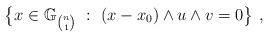
LaTeX: \begin{align*}\big\{x\in \mathbb{G}_{n \choose 1} \ : \ (x-x_0) \wedge u \wedge v =0 \big\}\ ,\end{align*}